Vaike-Kullamaa_(Vaikna)_vallavalitsus, lk 18
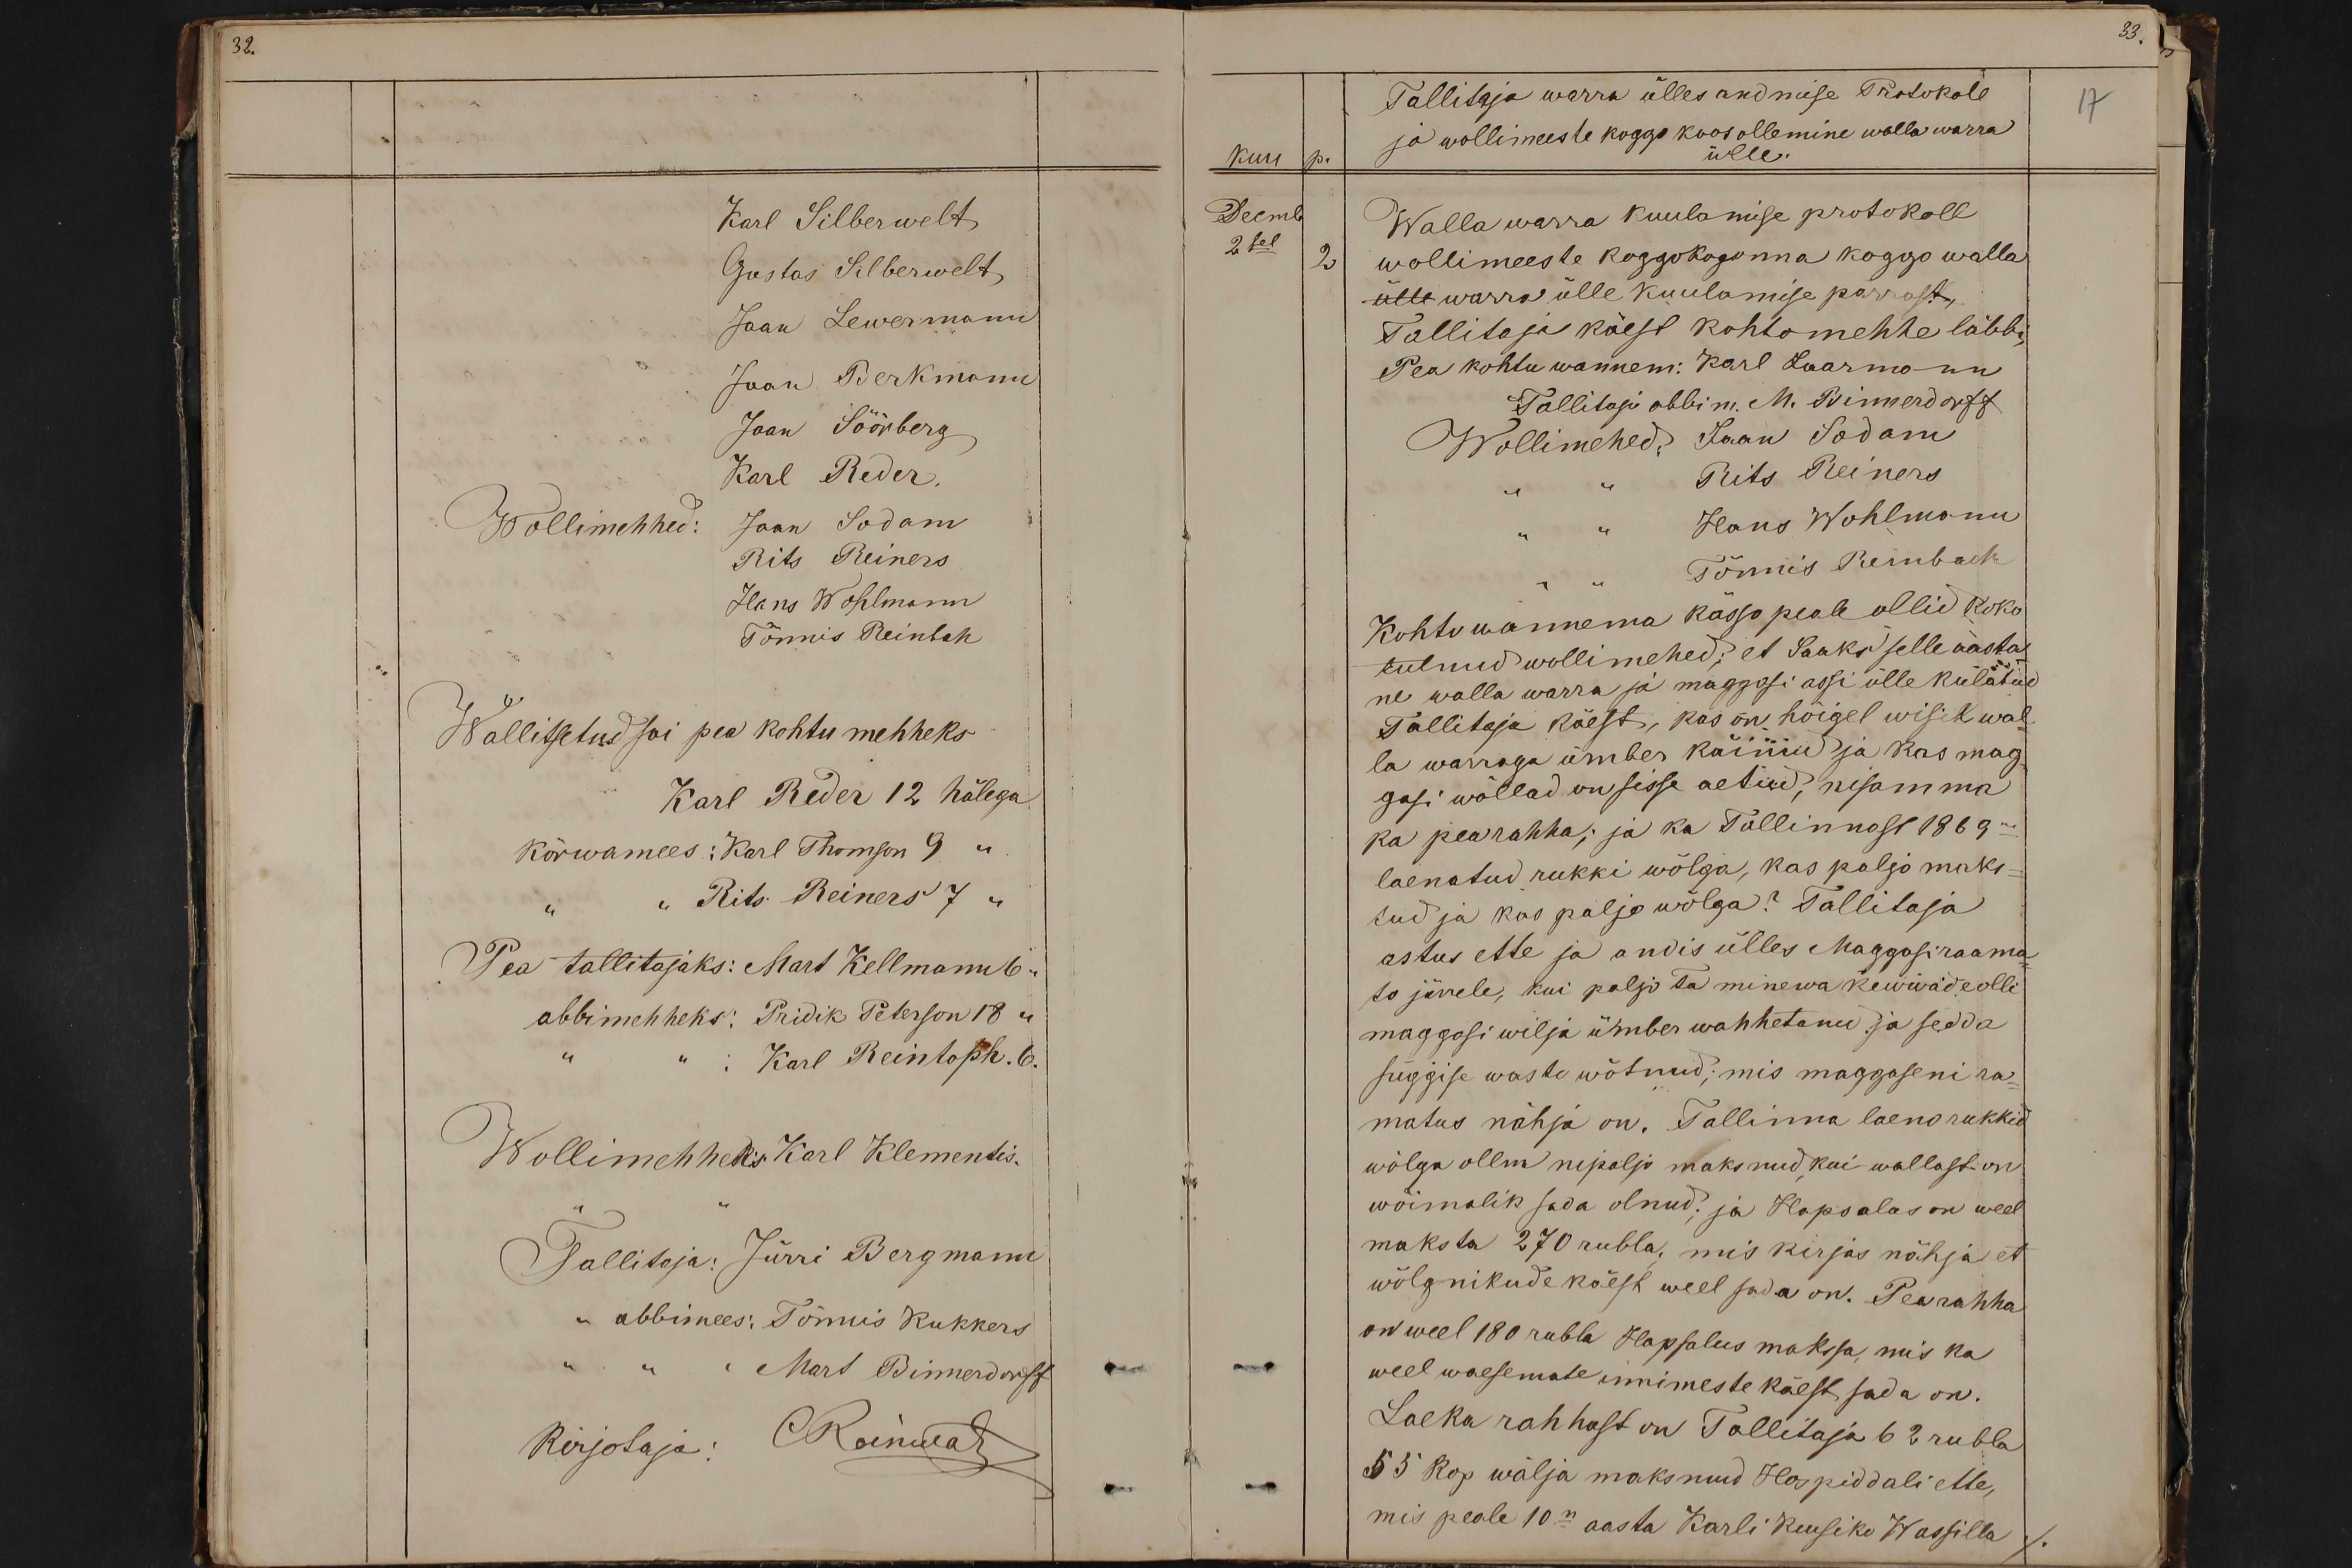
32.
Karl Silberwelt
Gustas Silberwelt
Jaan Lewermann
Jaan Perkmann
Jaan Söönberg
Karl Reder.
Wollimehhed:
Jaan Sodam
Rits Reiners
Hans Wohlmann
Tõnnis Reinbah
Wallitsetud sai pea kohtu mehheks
Karl Reder 12 hälega
Kõrwamees: Karl Thomson 9 "
"Rits Reiners 7"
Pea tallitajaks: Mart Kellmann 6.
abbimehheks: Priidik Peterson 18 "
Karl Reintoph. 6.
Wollimehheks Karl Klementis.
Tallitaja: Jürri Bergmann
- abbimees: Tõnnis Kukkers
Mart Bimerdorff
Kirjotaja: CReinwat

Tallitaja warra ülles andmise Protokoll
17
ja wollimeeste koggo koos ollemine walla warra
kuu p.
ülle.
Decmb
Walla warra kuulamise protokoll
2 sel
wollimeeste koggokogonna koggo walla
ülle warra ülle kuulamise pärrast.
Tallitaja käest kohtomehhe läbbi
Pea kohtu wannem: Karl Laarmann
Tallitaja abbi m. M. Bimmerdorff
Wollimehed: Jaan Sodam
Rits Reiners
Hans Wohlmann
Tõnnis Rembach
Kohtu wannema kässo peale ollid koko
tulnud wollimehed; et Saaks selle aastal
ne walla warra ja maggasi assi ülle kulatud
Tallitaja käest, kas on hõigel wisik wal
la warraga ümber käinud ja kas mag-
gasi wõllad on sisse aetud, nisamma
ka pearahha; ja ka Tallinnost 1869 -
laenatud rukki wõlga, kas paljo maks-
tud ja kas paljo wõlga? Tallitaja
astus ette ja andis ülles Maggasiraama
to järrele, kui paljo Ta minewa kewwade olli
maggasi wilja ümber wahhetanu ja sedda
süggise wasto wõtnud; mis magguseni ra-
matus nähja on. Tallinna laeno rukkid
wõlga ollm nipaljo maksnud, kui wallast on
wõimalik sada olnud, ja Hapsalos on weel
maksta 270 rubla, mis kirjas nähja et
wõlgnikude käest weel sada on. Pearahha
on weel 180 rubla Hapsalus makssa, mis ka
weel waesemate innimeste käest sada on.
Laeka rahhast on Tallitaja 62 rubla
55 kop wälja maksnud Hospiddali ette,
mis peale 10n aasta Karli Kuusiko Wassilla